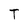
Character: T